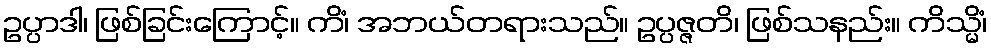
ဥပ္ပာဒါ၊ ဖြစ်ခြင်းကြောင့်။ ကိံ၊ အဘယ်တရားသည်။ ဥပ္ပဇ္ဇတိ၊ ဖြစ်သနည်း။ ကိသ္မိံ၊